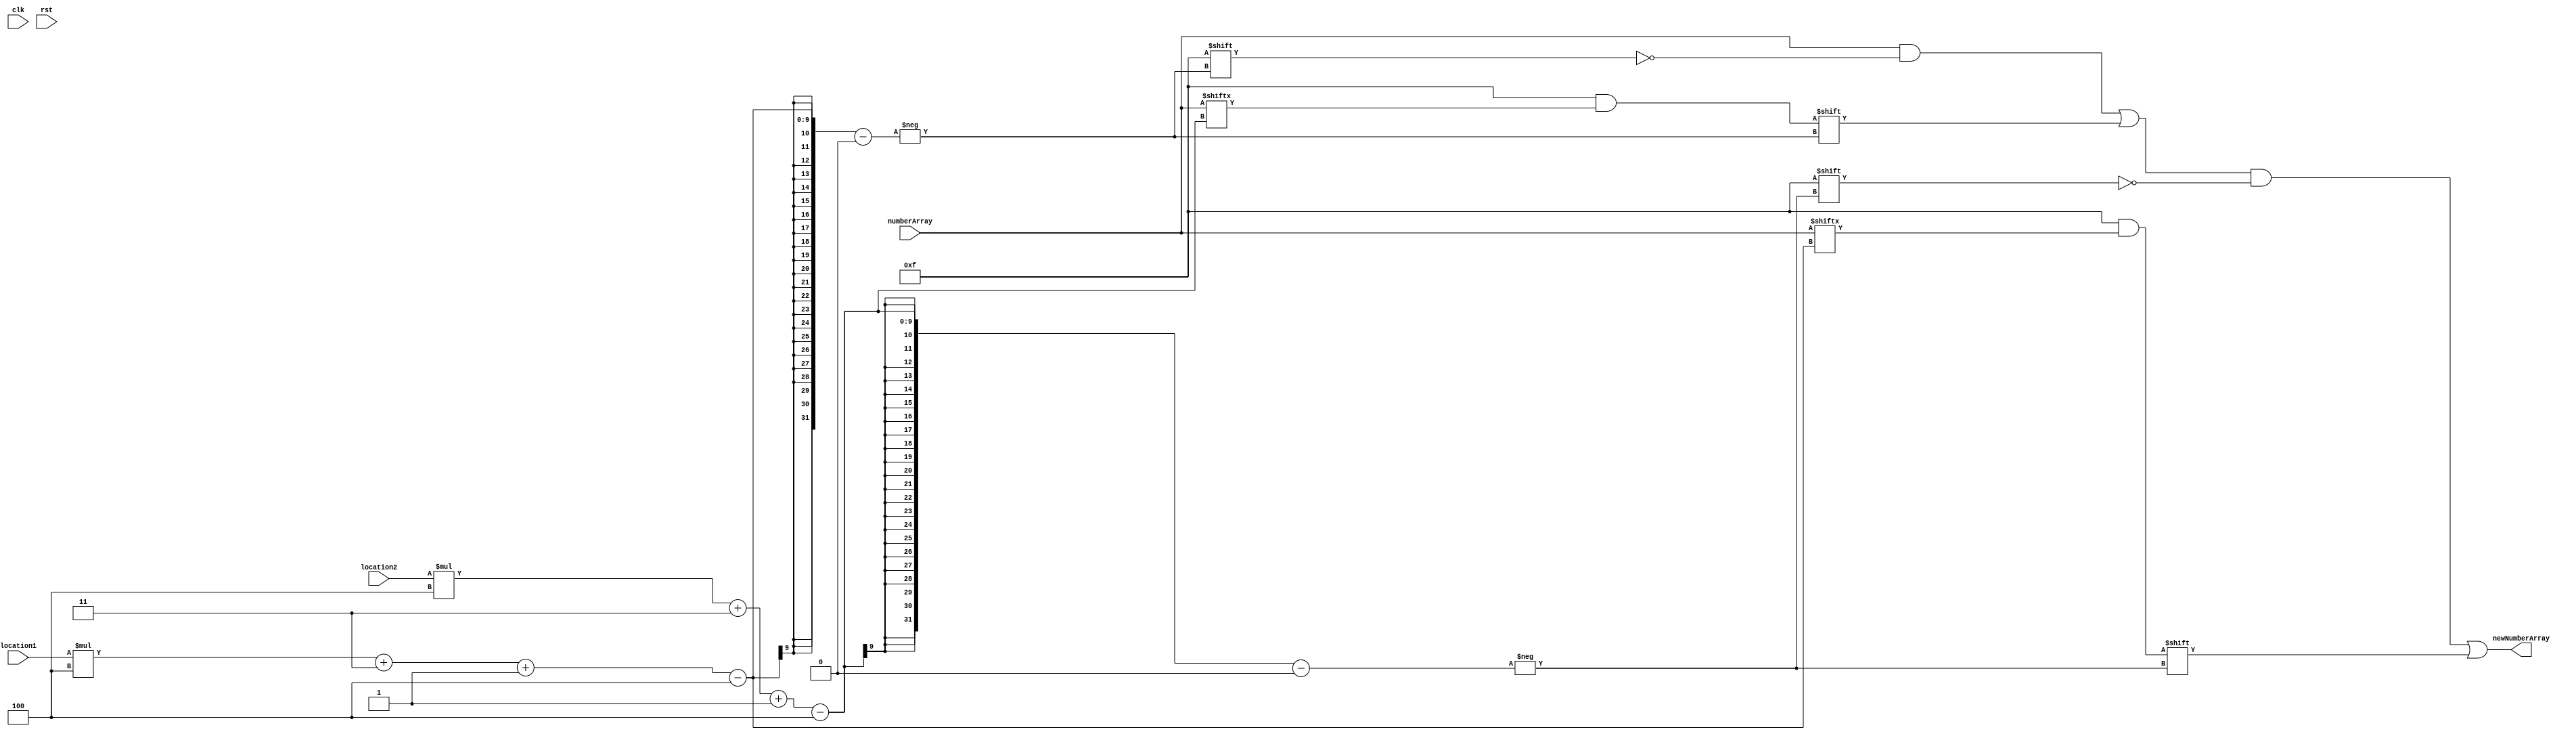
/*
   This file was generated automatically by the Mojo IDE version B1.3.6.
   Do not edit this file directly. Instead edit the original Lucid source.
   This is a temporary file and any changes made to it will be destroyed.
*/

module switcher_8 (
    input clk,
    input rst,
    input [3:0] location1,
    input [3:0] location2,
    input [63:0] numberArray,
    output reg [63:0] newNumberArray
  );
  
  
  
  always @* begin
    newNumberArray = numberArray;
    newNumberArray[(location1)*4+3-:4] = numberArray[(location2)*4+3-:4];
    newNumberArray[(location2)*4+3-:4] = numberArray[(location1)*4+3-:4];
  end
endmodule